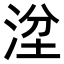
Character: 𣴞